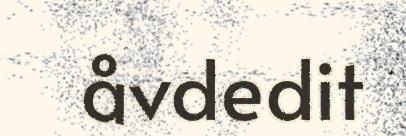
åvdedit